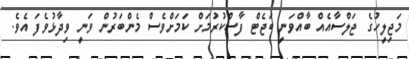
މަޖިލީހުގެ ޖަލްސާއެއްް ބާއްވަނީ ބަޖެޓް ފާސްކުރުމަށް ކަމަށްވެސް މެންބަރުން ވަނީ ވިދާޅުވެފަ އެވެ.